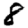
Digit: 8